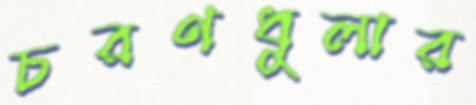
চরণধুলার